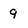
Character: 9